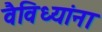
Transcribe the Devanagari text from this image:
वैविध्यांना